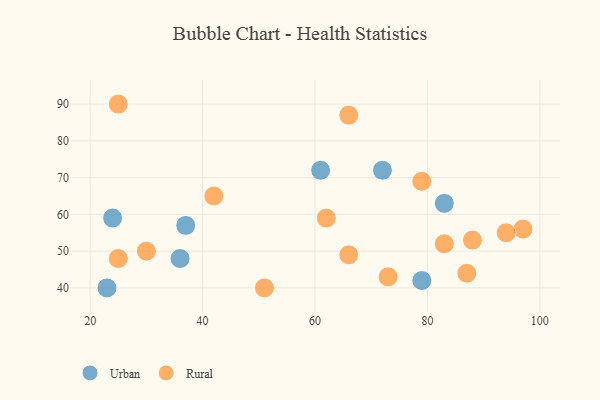
{"axis": {"x": "GDP", "y": "Life Expectancy"}, "legend": ["Rural", "Urban"], "data": [{"x": "72", "y": 72, "type": "Urban"}, {"x": "61", "y": 72, "type": "Urban"}, {"x": "79", "y": 42, "type": "Urban"}, {"x": "37", "y": 57, "type": "Urban"}, {"x": "23", "y": 40, "type": "Urban"}, {"x": "24", "y": 59, "type": "Urban"}, {"x": "36", "y": 48, "type": "Urban"}, {"x": "83", "y": 63, "type": "Urban"}, {"x": "25", "y": 48, "type": "Rural"}, {"x": "42", "y": 65, "type": "Rural"}, {"x": "66", "y": 49, "type": "Rural"}, {"x": "66", "y": 87, "type": "Rural"}, {"x": "25", "y": 90, "type": "Rural"}, {"x": "51", "y": 40, "type": "Rural"}, {"x": "30", "y": 50, "type": "Rural"}, {"x": "87", "y": 44, "type": "Rural"}, {"x": "79", "y": 69, "type": "Rural"}, {"x": "97", "y": 56, "type": "Rural"}, {"x": "94", "y": 55, "type": "Rural"}, {"x": "88", "y": 53, "type": "Rural"}, {"x": "83", "y": 52, "type": "Rural"}, {"x": "73", "y": 43, "type": "Rural"}, {"x": "62", "y": 59, "type": "Rural"}]}